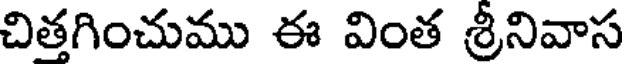
చితగించుము ఈ వింత శ్రీనివాస